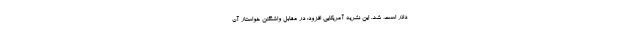
دلار است، شد. این نشریه آمریکایی افزود: در مقابل واشنگتن خواستار آن